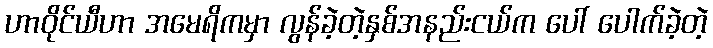
ဟာဝိုင်ယီဟာ အမေရိကမှာ လွန်ခဲ့တဲ့နှစ်အနည်းငယ်က ပေါ် ပေါက်ခဲ့တဲ့